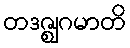
တဒဇ္ဈဂမာတိ